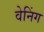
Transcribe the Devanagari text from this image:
वेनिंग